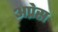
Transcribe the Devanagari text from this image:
अप्रेस